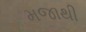
મજાથી